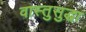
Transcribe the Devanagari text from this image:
वास्तुसुद्धा